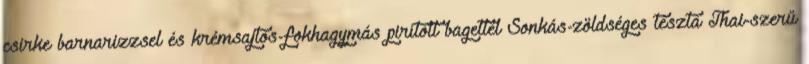
csirke barnarizzsel és krémsajtos-fokhagymás pirított bagettel Sonkás-zöldséges tészta Thai-szerű